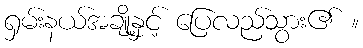
ရှမ်းနယ်အချို့နှင့် ပြေလည်သွား၏ ။